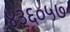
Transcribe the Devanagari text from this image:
४३६०५७